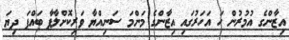
އިޒާންގެ އުމުރުން ހަ އަހަރުގައި އިޒާންގެ މަންމަ ސަނިއްޔާ ވަރިކޮށްލާފާ ބައްޕަ ދިޔަ